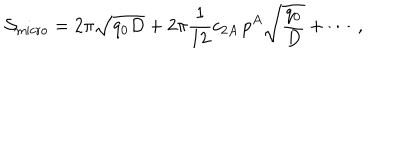
{ \cal S } _ { \mathrm { m i c r o } } = 2 \pi \sqrt { q _ { 0 } D } + 2 \pi { \frac { 1 } { 1 2 } } c _ { 2 A } \, p ^ { A } \sqrt { { \frac { q _ { 0 } } { D } } } + \cdots \ ,